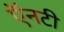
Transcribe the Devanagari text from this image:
ऍनटी